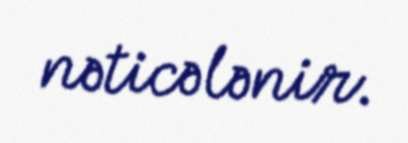
nəticələnir.